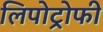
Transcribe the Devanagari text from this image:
लिपोट्रोफी